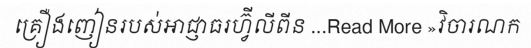
គ្រឿងញៀនរបស់អាជ្ញាធរហ្វ៊ីលីពីន ...Read More »វិចារណក